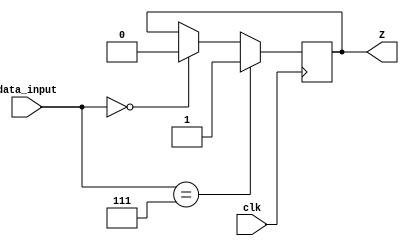
module SynchronousMullerCElement (
  input [2:0] data_input,
  input clk,
  output reg  Z
);

  always @(posedge clk) begin
    // Mller C-element behavior
  if (data_input == 3'b111)
     Z = 1;
     else
    if (data_input == 3'b000)
     Z = 0;
     else
      Z = Z;
  end

endmodule